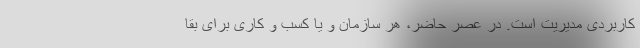
کاربردی مدیریت است. در عصر حاضر، هر سازمان و یا کسب و کاری برای بقا